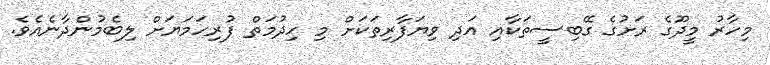
މިހާރު މީދޫގެ ރަށުގެ ގޭބިސީތަކާއި އަދި ވިޔަފާރިތަކަށް މި ހިދުމަތް ފުރިހަމަޔަށް ލިބެމުންދާނެއެވެ.